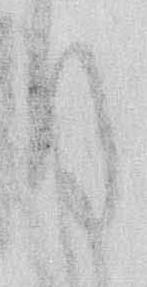
月